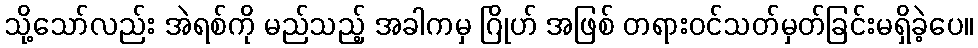
သို့သော်လည်း အဲရစ်ကို မည်သည့် အခါကမှ ဂြိုဟ် အဖြစ် တရားဝင်သတ်မှတ်ခြင်းမရှိခဲ့ပေ။